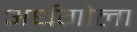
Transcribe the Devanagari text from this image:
अर्धगोला